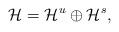
LaTeX: \begin{align*}\mathcal{H}=\mathcal{H}^u\oplus \mathcal{H}^s,\end{align*}